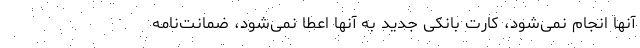
آنها انجام نمی‌شود، کارت بانکی جدید به آنها اعطا نمی‌شود، ضمانت‌نامه